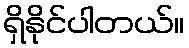
ရှိနိုင်ပါတယ်။